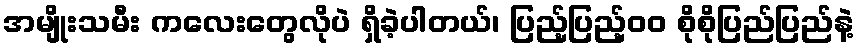
အမျိုးသမီး ကလေးတွေလိုပဲ ရှိခဲ့ပါတယ်၊ ပြည့်ပြည့်၀၀ စိုစိုပြည်ပြည်နဲ့